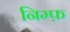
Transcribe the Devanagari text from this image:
निम्फ़